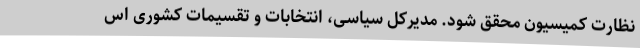
نظارت کمیسیون محقق شود. مدیرکل سیاسی، انتخابات و تقسیمات کشوری اس